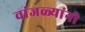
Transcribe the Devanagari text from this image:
वांजळ्यांनी